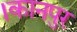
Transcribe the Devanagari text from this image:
।कानपुर